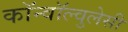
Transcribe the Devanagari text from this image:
कॉन्वॉल्वुलेसी